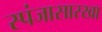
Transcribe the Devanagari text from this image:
स्पंजासारखा